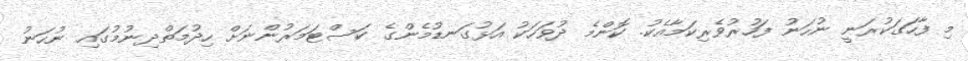
މި ފާހަގަކުރަނީ ނުހަނު ފަހުރުވެރިކަމާއެކު. ކޮންމެ ދުވަހަކު އަޅުގަނޑުމެންގެ ކަސްޓަމަރުންނަށް ހިދުމަތްދިނުމުގައި ނުހަނު